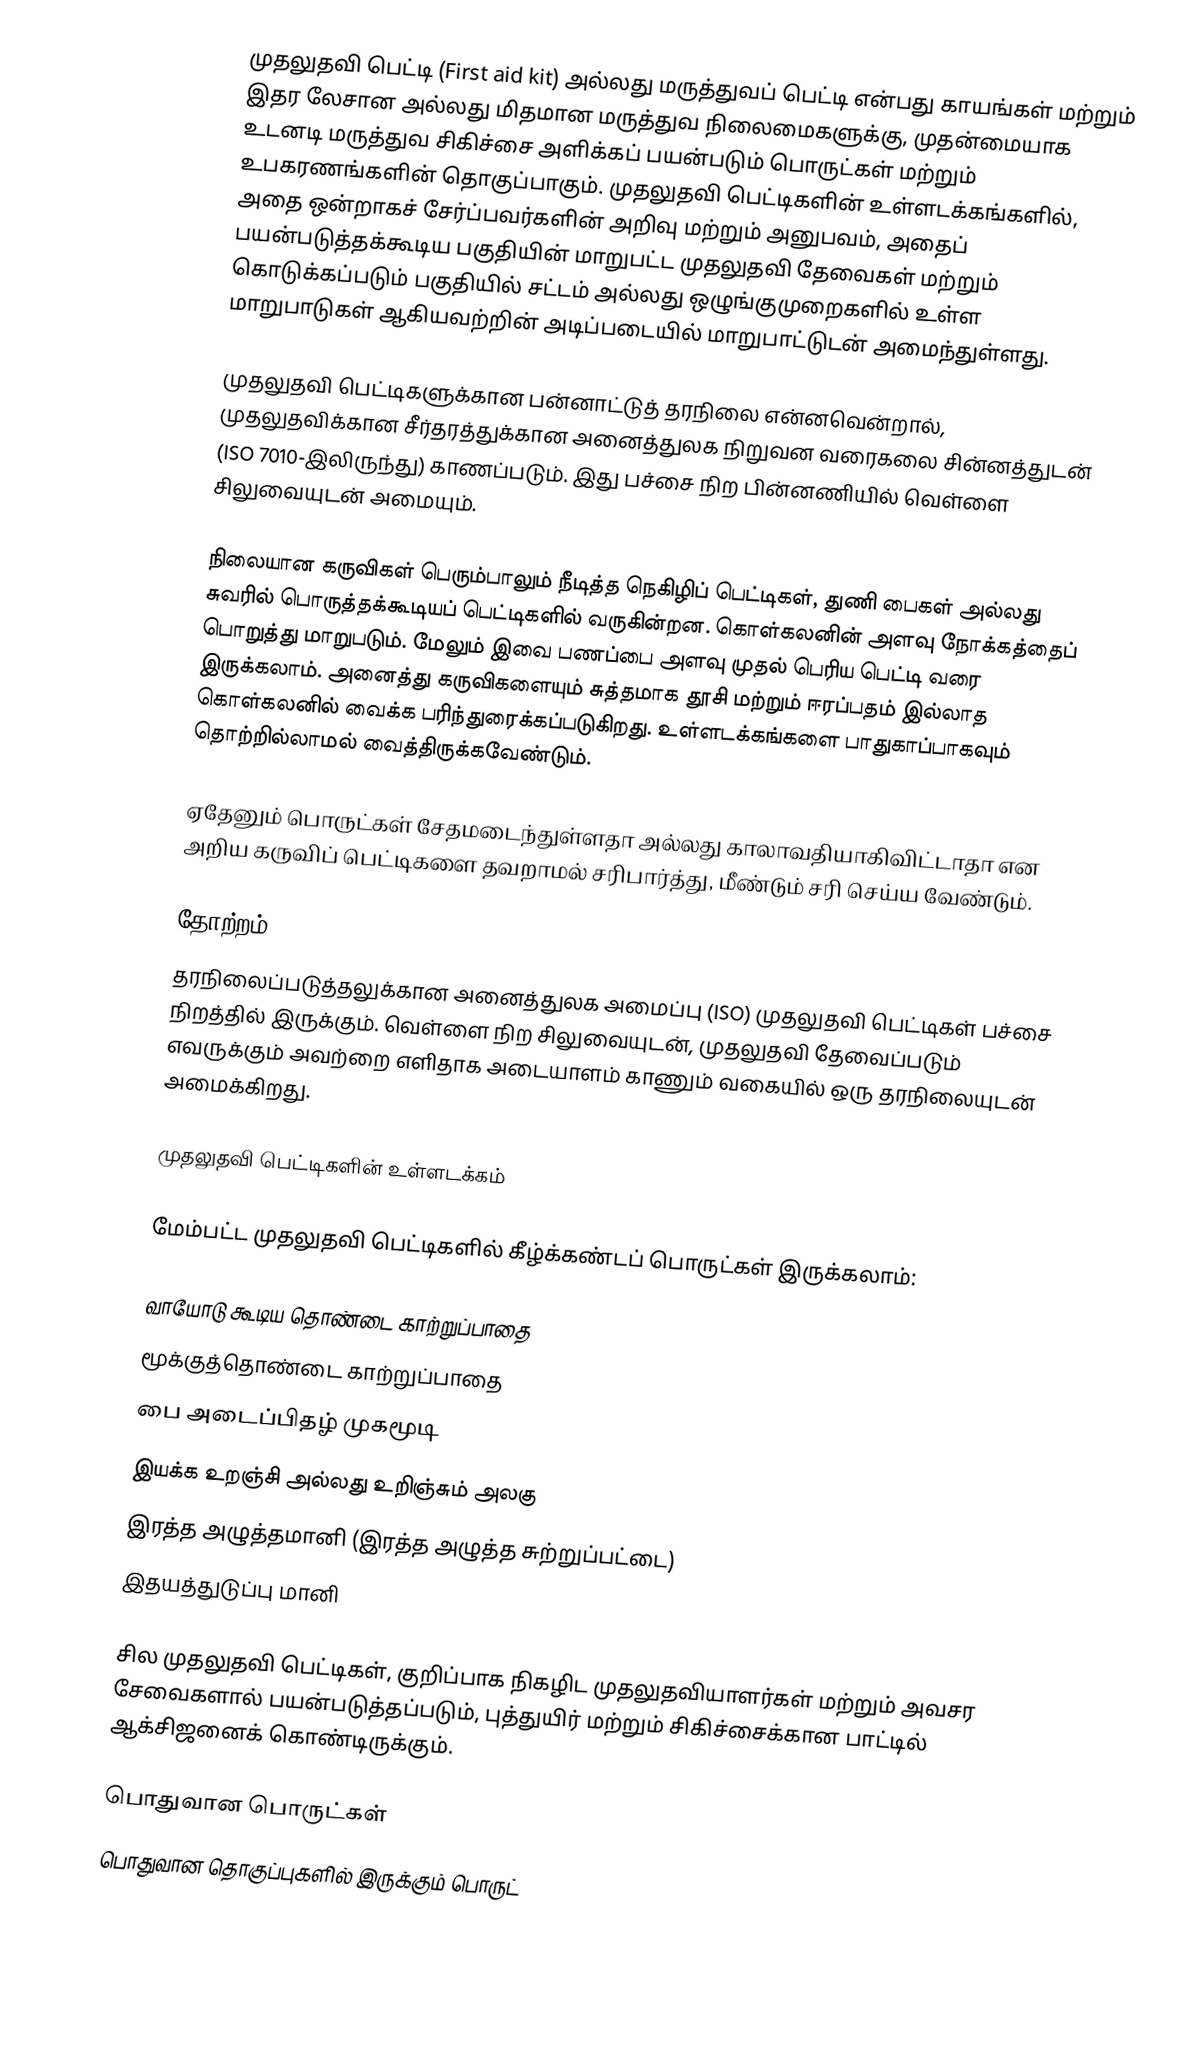
முதலுதவி பெட்டி (First aid kit) அல்லது மருத்துவப் பெட்டி என்பது காயங்கள் மற்றும் இதர லேசான அல்லது மிதமான மருத்துவ நிலைமைகளுக்கு, முதன்மையாக உடனடி மருத்துவ சிகிச்சை அளிக்கப் பயன்படும் பொருட்கள் மற்றும் உபகரணங்களின் தொகுப்பாகும். முதலுதவி பெட்டிகளின் உள்ளடக்கங்களில், அதை ஒன்றாகச் சேர்ப்பவர்களின் அறிவு மற்றும் அனுபவம், அதைப் பயன்படுத்தக்கூடிய பகுதியின் மாறுபட்ட முதலுதவி தேவைகள் மற்றும் கொடுக்கப்படும் பகுதியில் சட்டம் அல்லது ஒழுங்குமுறைகளில் உள்ள மாறுபாடுகள் ஆகியவற்றின் அடிப்படையில் மாறுபாட்டுடன் அமைந்துள்ளது.

முதலுதவி பெட்டிகளுக்கான பன்னாட்டுத் தரநிலை என்னவென்றால், முதலுதவிக்கான சீர்தரத்துக்கான அனைத்துலக நிறுவன வரைகலை சின்னத்துடன் (ISO 7010-இலிருந்து) காணப்படும். இது பச்சை நிற பின்னணியில் வெள்ளை சிலுவையுடன் அமையும்.

நிலையான கருவிகள் பெரும்பாலும் நீடித்த நெகிழிப் பெட்டிகள், துணி பைகள் அல்லது சுவரில் பொருத்தக்கூடியப் பெட்டிகளில் வருகின்றன. கொள்கலனின் அளவு நோக்கத்தைப் பொறுத்து மாறுபடும். மேலும் இவை பணப்பை அளவு முதல் பெரிய பெட்டி வரை இருக்கலாம். அனைத்து கருவிகளையும் சுத்தமாக தூசி மற்றும் ஈரப்பதம் இல்லாத கொள்கலனில் வைக்க பரிந்துரைக்கப்படுகிறது. உள்ளடக்கங்களை பாதுகாப்பாகவும் தொற்றில்லாமல் வைத்திருக்கவேண்டும்.

ஏதேனும் பொருட்கள் சேதமடைந்துள்ளதா அல்லது காலாவதியாகிவிட்டாதா என அறிய கருவிப் பெட்டிகளை தவறாமல் சரிபார்த்து, மீண்டும் சரி செய்ய வேண்டும்.

தோற்றம்
தரநிலைப்படுத்தலுக்கான அனைத்துலக அமைப்பு (ISO) முதலுதவி பெட்டிகள் பச்சை நிறத்தில் இருக்கும். வெள்ளை நிற சிலுவையுடன், முதலுதவி தேவைப்படும் எவருக்கும் அவற்றை எளிதாக அடையாளம் காணும் வகையில் ஒரு தரநிலையுடன் அமைக்கிறது.

முதலுதவி பெட்டிகளின் உள்ளடக்கம்

மேம்பட்ட முதலுதவி பெட்டிகளில் கீழ்க்கண்டப் பொருட்கள் இருக்கலாம்:

 வாயோடு கூடிய தொண்டை காற்றுப்பாதை
 மூக்குத்தொண்டை காற்றுப்பாதை
 பை அடைப்பிதழ் முகமூடி
 இயக்க உறஞ்சி அல்லது உறிஞ்சும் அலகு
 இரத்த அழுத்தமானி (இரத்த அழுத்த சுற்றுப்பட்டை)
 இதயத்துடுப்பு மானி

சில முதலுதவி பெட்டிகள், குறிப்பாக நிகழிட முதலுதவியாளர்கள் மற்றும் அவசர சேவைகளால் பயன்படுத்தப்படும், புத்துயிர் மற்றும் சிகிச்சைக்கான பாட்டில் ஆக்சிஜனைக் கொண்டிருக்கும்.

பொதுவான பொருட்கள்
பொதுவான தொகுப்புகளில் இருக்கும் பொருட்